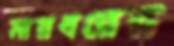
মারধরের